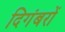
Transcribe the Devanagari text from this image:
दिगंबरों